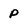
Character: p